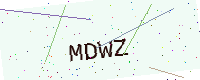
Text: MDWZ